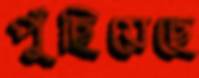
পুঁছিয়েছে